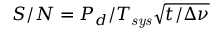
S / N = P _ { d } / T _ { \it s y s } \sqrt { t / \Delta \nu }